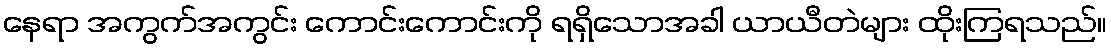
နေရာ အကွက်အကွင်း ကောင်းကောင်းကို ရရှိသောအခါ ယာယီတဲများ ထိုးကြရသည်။